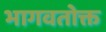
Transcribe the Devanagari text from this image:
भागवतोक्त